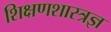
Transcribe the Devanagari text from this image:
शिक्षणशास्त्रज्ञ